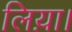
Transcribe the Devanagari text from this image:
लिय़ा।